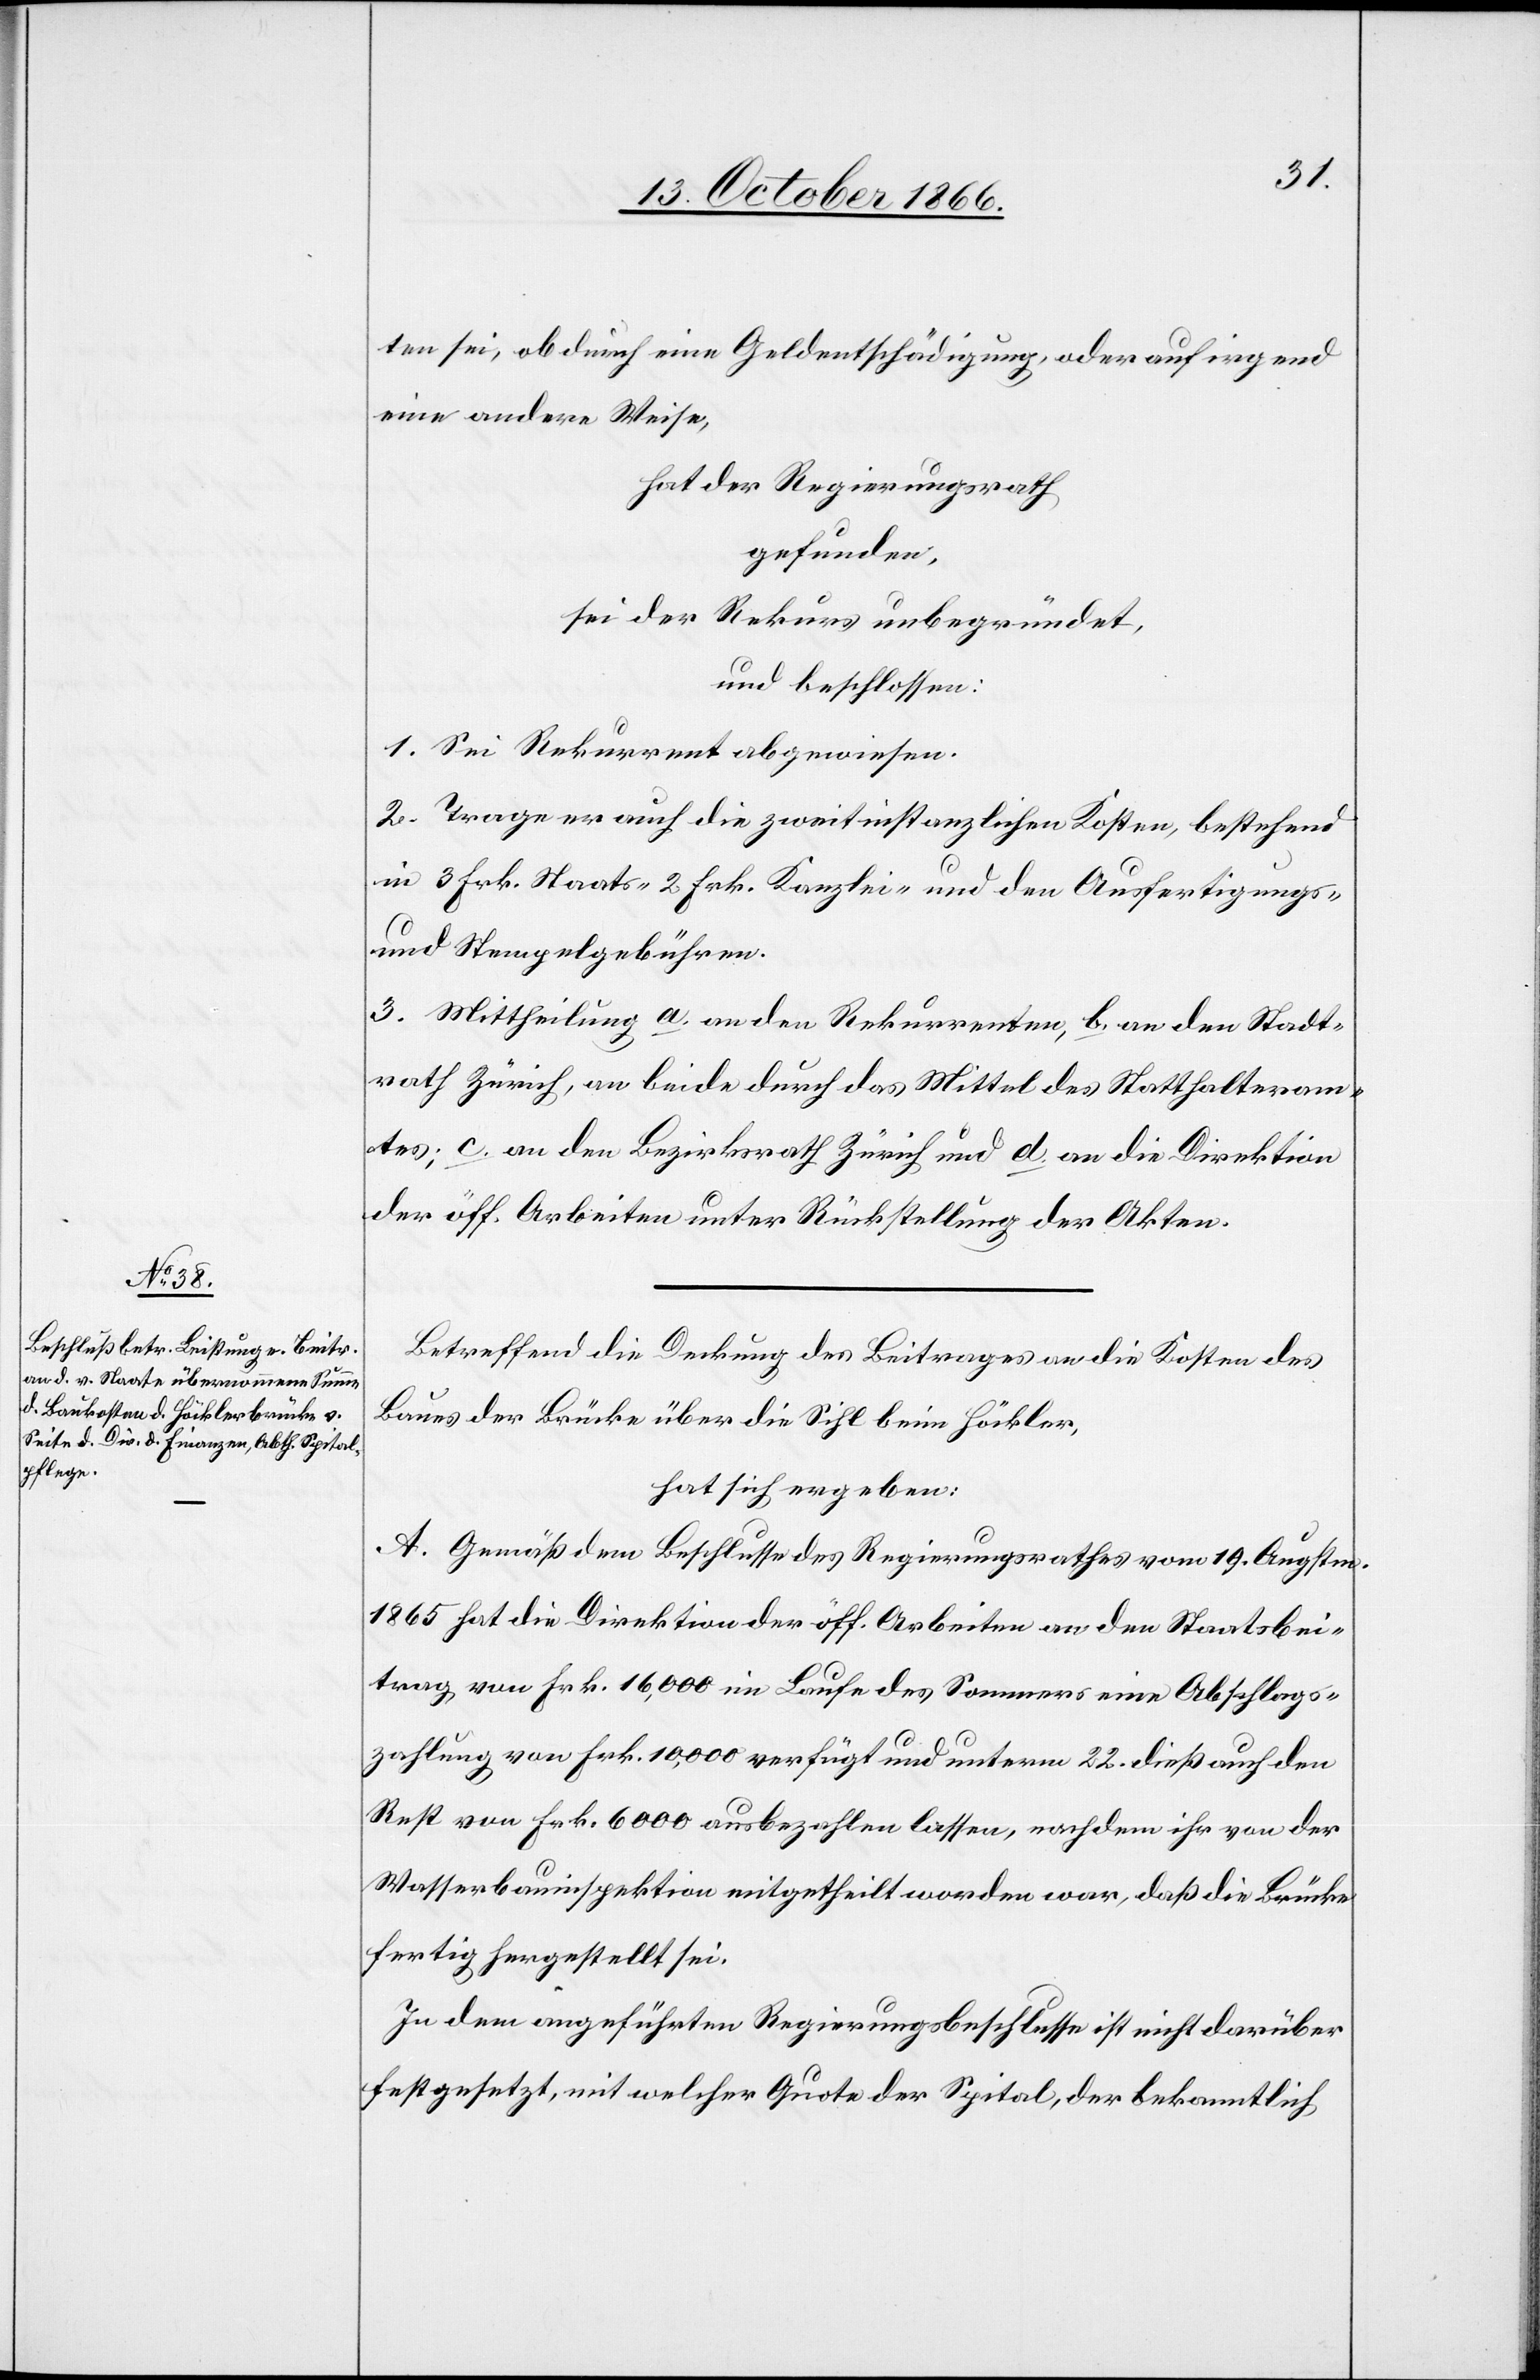
ten sei, ob durch eine Geldentschädigung, oder auf irgend
eine andere Weise,
hat der Regierungsrath,
gefunden,
sei der Rekurs unbegründet,
und beschlossen:
1. Sei Rekurrent abgewiesen.
2. Trage er auch die zweitinstanzlichen Kosten, bestehend
in 3 Frk. Staats- 2 Frk. Kanzlei- und den Ausfertigungs-
und Stempelgebühren.
3. Mittheilung a. an den Rekurrenten, b. an den Stadt¬
rath Zürich, an beide durch das Mittel des Statthalteram¬
tes; c. an den Bezirksrath Zürich und d. an die Direktion
der öff. Arbeiten unter Rückstellung der Akten.
Betreffend die Deckung des Beitrages an die Kosten des
Baues der Brücke über die Sihl beim Höckler,
hat sich ergeben:
A. Gemäß dem Beschlusse des Regierungsrathes vom 19. Augstm.
1865 hat die Direktion der öff. Arbeiten an den Staatsbei¬
trag von Frk. 16 000 im Laufe des Sommers eine Abschlags¬
zahlung von Frk. 10 000 verfügt und unterm 22. dieß auch den
Rest von Frk. 6000 ausbezahlen lassen, nachdem ihr von der
Wasserbauinspektion mitgetheilt worden war, daß die Brücke
fertig hergestellt sei.
In dem angeführten Regierungsbeschlusse ist nicht[s] darüber
festgesetzt, mit welcher Quote der Spital, der bekanntlich